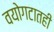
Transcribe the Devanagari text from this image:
वयोगटातही